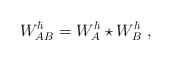
LaTeX: \begin{align*} W^{\hbar}_{AB}=W^{\hbar}_A\star W^{\hbar}_B \ , \end{align*}